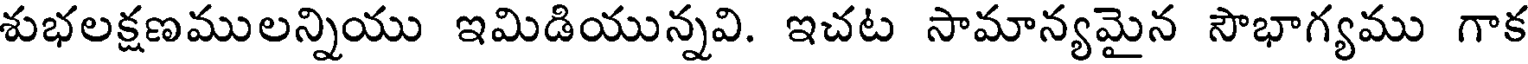
శుభలక్షణములన్నియు ఇమిడియున్నవి. ఇచట సామాన్యమైన సౌభాగ్యము గాక